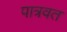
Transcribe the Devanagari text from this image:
पात्रवत